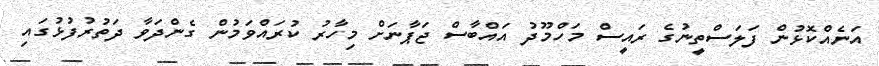
އަނެއްކޮޅުން ފަލަސްތީނުގެ ރައީސް މަހްމޫދު އައްބާސް ޖަޕާނަށް މިހާރު ކުރައްވަމުން ގެންދަވާ ދަތުރުފުޅުގައި